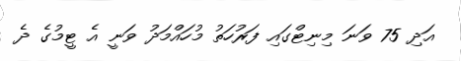
އަދި 75 ވަނަ މިނިޓްގައި ފަރުހަތު މުހައްމަދު ވަނީ އެ ޓީމުގެ ދެ